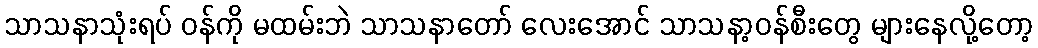
သာသနာသုံးရပ် ဝန်ကို မထမ်းဘဲ သာသနာတော် လေးအောင် သာသနာ့ဝန်စီးတွေ များနေလို့တော့